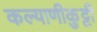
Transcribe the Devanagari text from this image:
कल्याणीकुट्टी